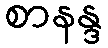
စာနန္ဒ